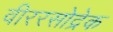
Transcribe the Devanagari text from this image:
वीररसोद्रेक